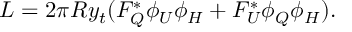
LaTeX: { \cal L } = 2 \pi R y _ { t } ( F _ { Q } ^ { * } \phi _ { U } \phi _ { H } + F _ { U } ^ { * } \phi _ { Q } \phi _ { H } ) .